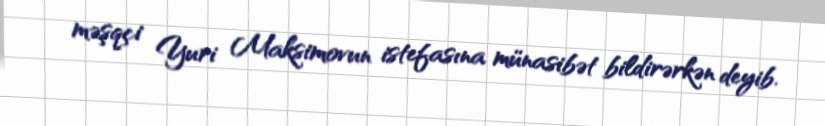
məşqçi Yuri Maksimovun istefasına münasibət bildirərkən deyib.